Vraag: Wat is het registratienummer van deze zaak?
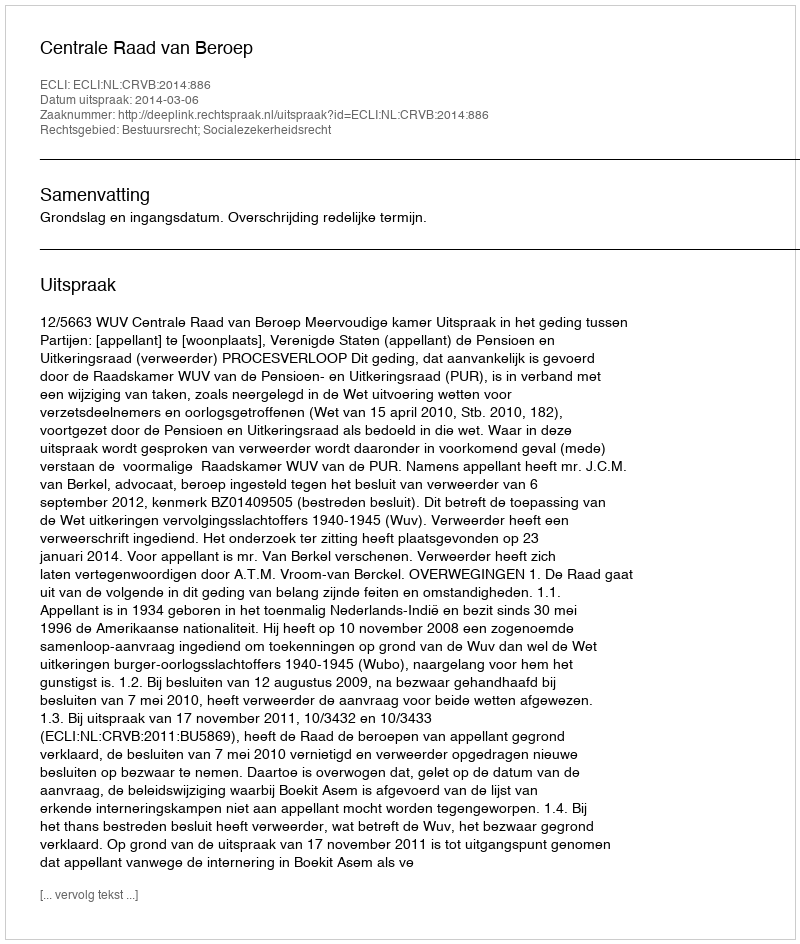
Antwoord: http://deeplink.rechtspraak.nl/uitspraak?id=ECLI:NL:CRVB:2014:886